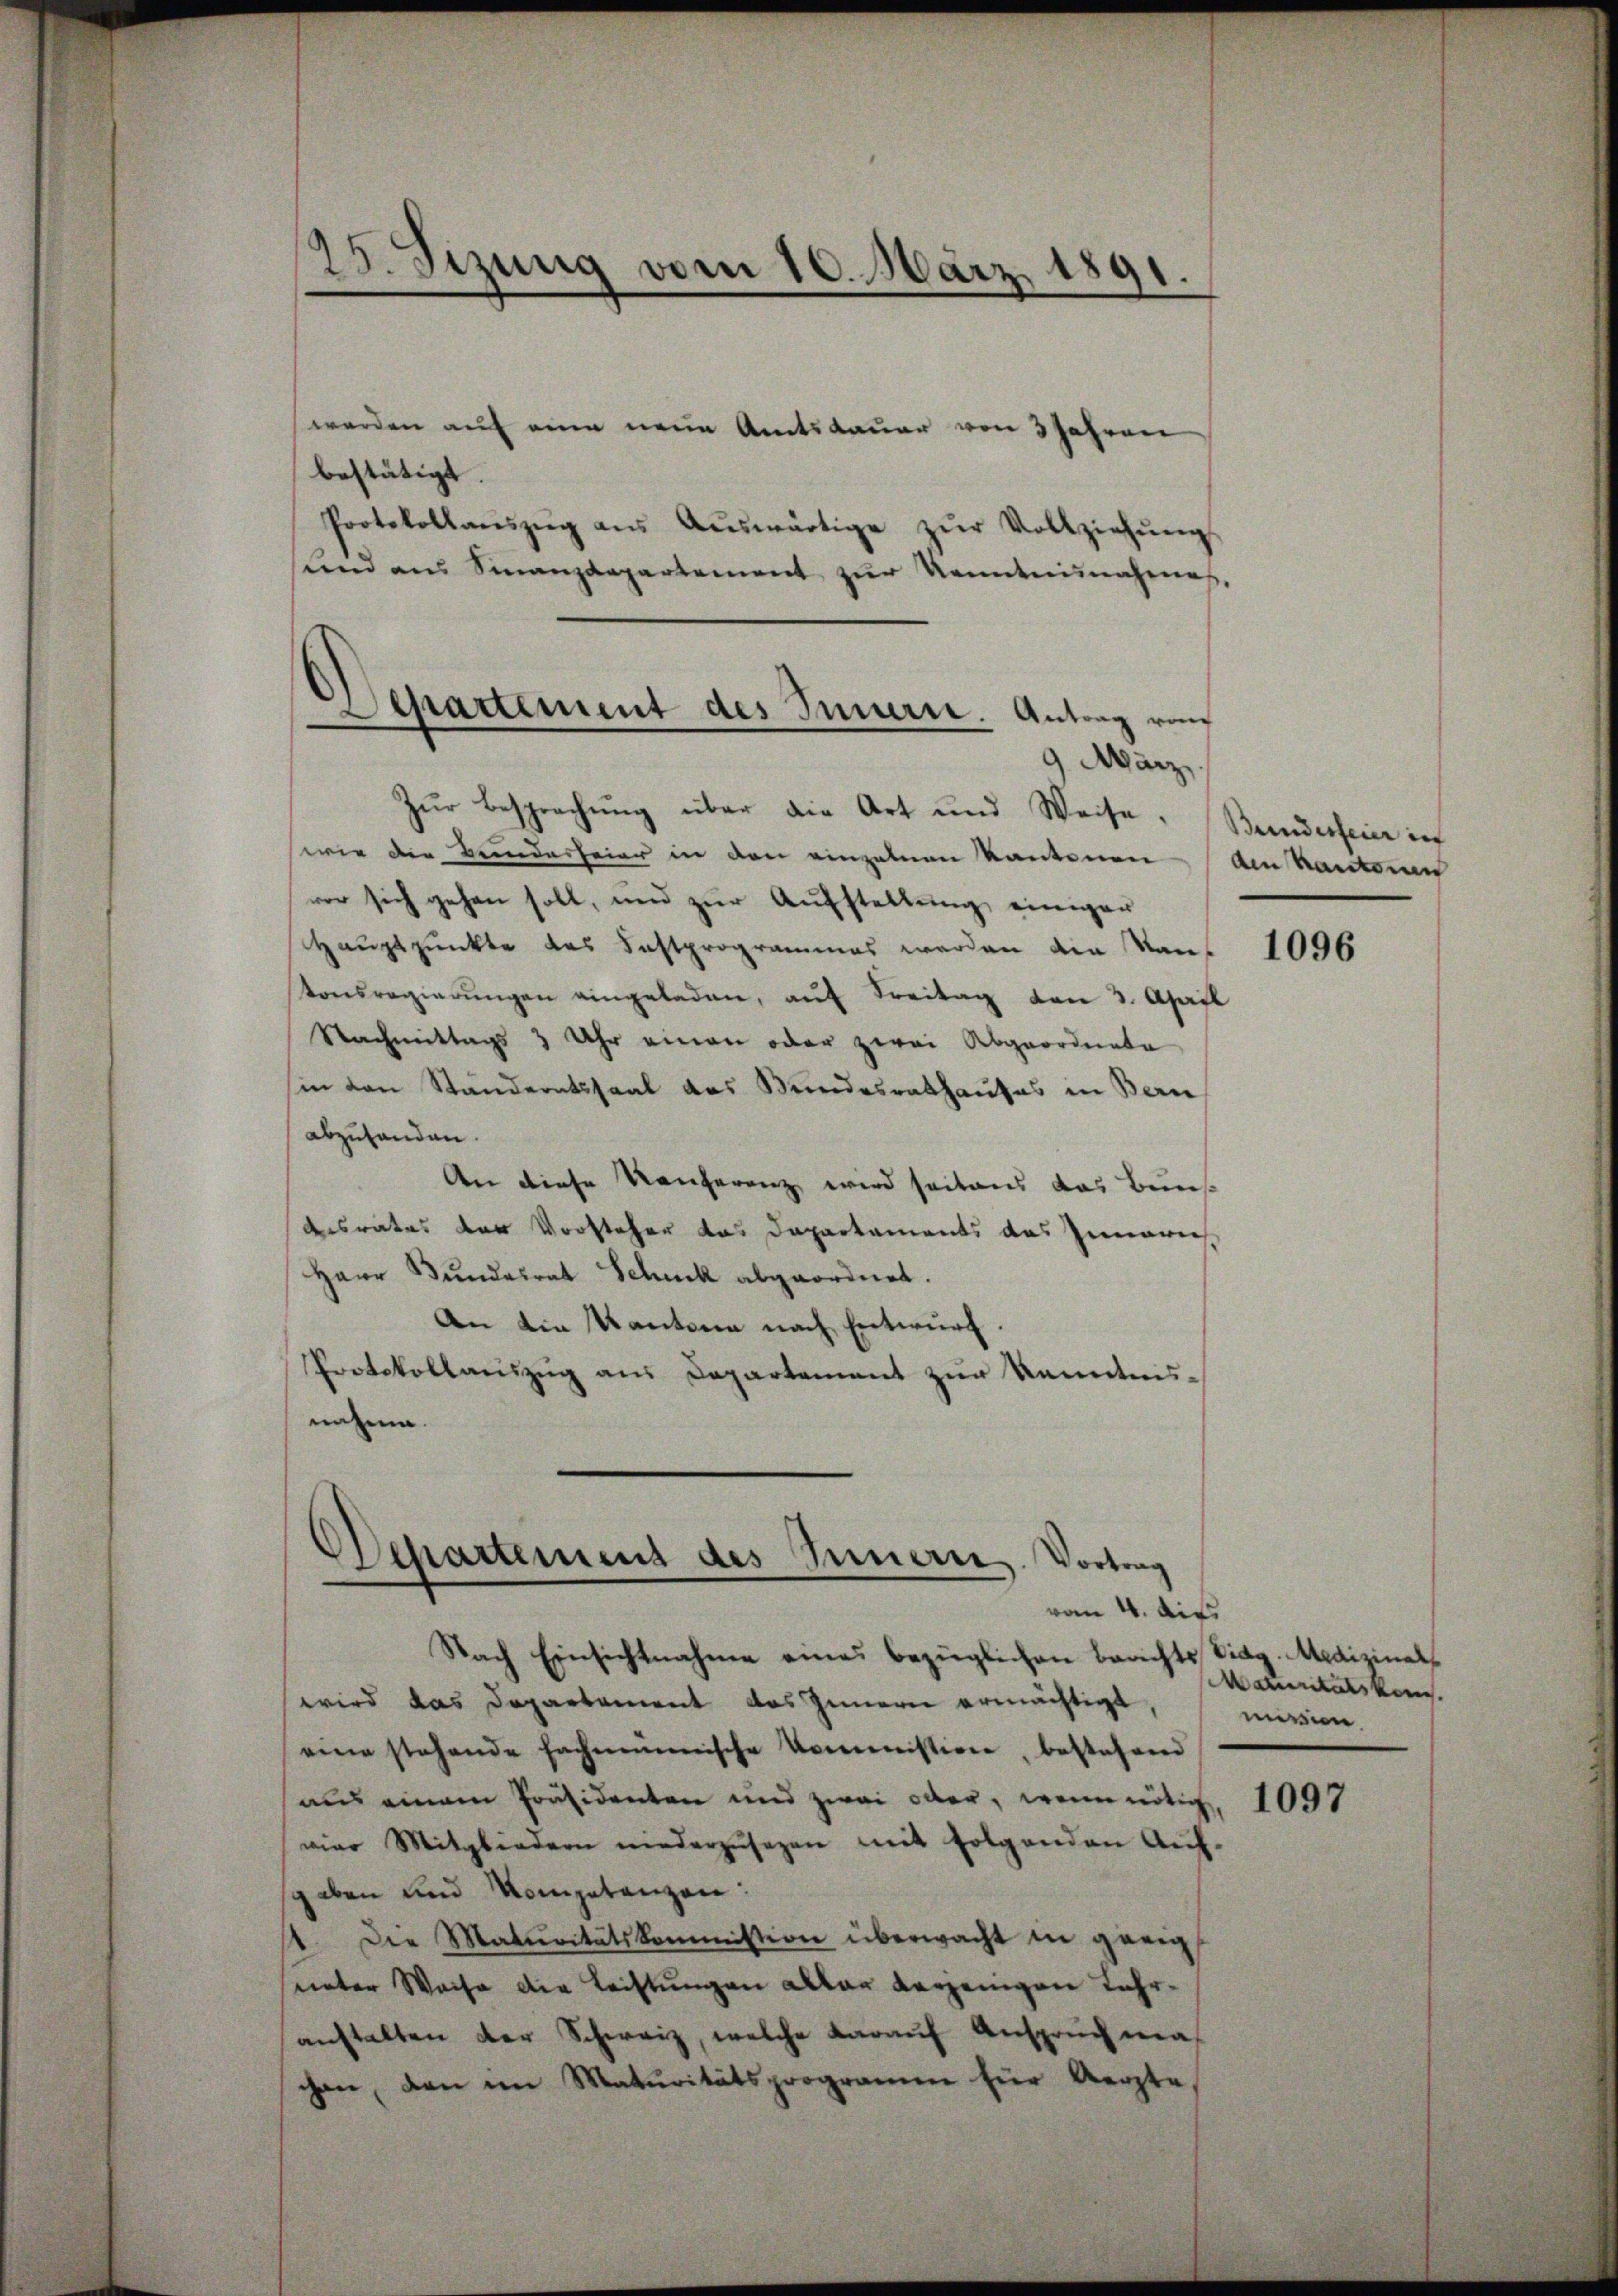
25. Setzung vom 10. März 1891.

werden auf eine neue Amtsdauer von 3 Jahren
bestätigt.
Protokollaŭszŭg aŭs Aŭswärtige zŭr Vollziehŭng
stand aus Sinanzdepartement zŭr Kenntnisnahme
Zur Besprechung über die Art und Weise. Beiderseine in
wie die Beindesfeier in den einzelnen Kantonen - Am Kantons
vor sich gehen soll, und zur Aufstellung einigen
Hauptpunkte des Fastprogrammes werden die Kan-
tonsregierŭngen eingeladen, aŭf Freitag von 3. April
Nachmittags 3 Uhr einen oder zwei Abgeordnete
sin von Ständeratssaal das Bundesrathaufes in Bern
abzuhanden.
An diese Konferenz wird seitaus das Buns
desrates der Vorsteher das Departements des Innern
Herr Bundesrat Schnik abgeordnet.
An die Kantone nach Entwurf.
Protokollauszug aus Departement zur Kenntnis-
nahme.

Departement des Innern. Antrag von
9. März.

Departement des Innere Vortrag
vom 4. dies

Nach Einsichtnahme eines bezüglichen Berichts Eidg. Medizinalwird das Departement das Innern ermächtigt,
eine stehende fachmannische Kommission, bestehend
aus einem Präsidenten und zwai oder, wenn nötig, 1095
vier Mitgliedern niederzŭsezen mit folgenden Aŭf-
geben und Kompetenzen:
1. Die Maturitätskommission überwacht in geeig
sunter Weise die Lechtungen aller verjenigen Jahranstalten der Schweiz, welche darauf Anspruch machen, den im Maturitätsprogramm für Aerzte,

1096

Maturitätskom
mevien